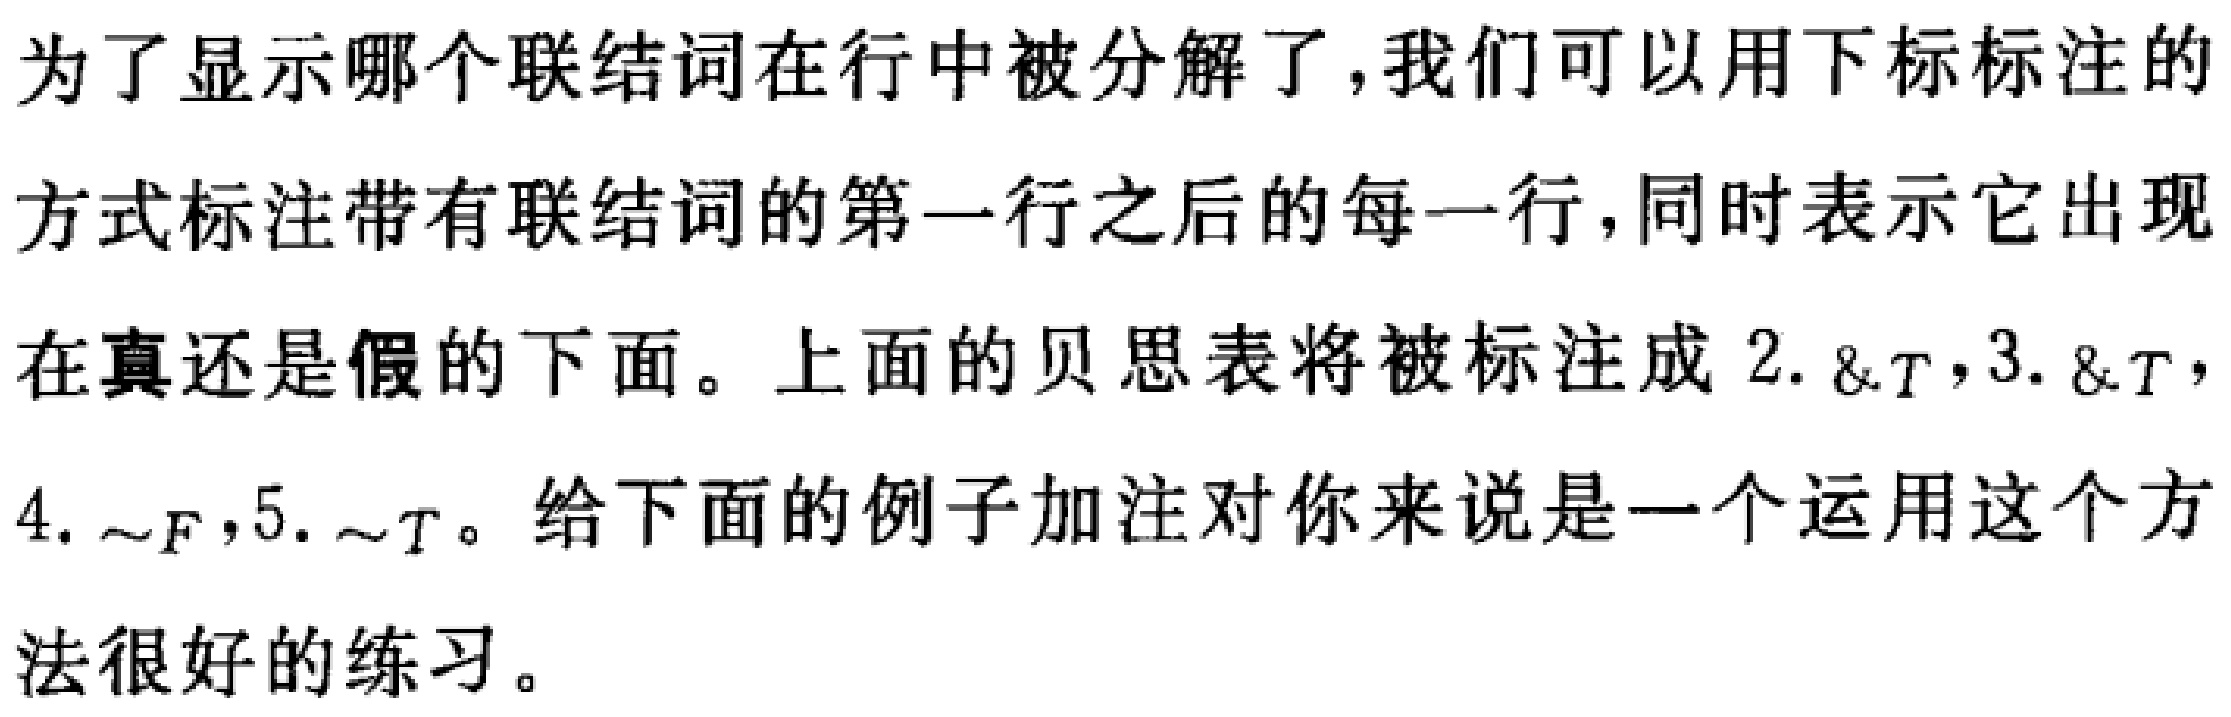
为了显示哪个联结词在行中被分解了，我们可以用下标标注的
方式标注带有联结词的第一行之后的每一行，同时表示它出现
在真还是假的下面。上面的贝思表将被标注成 2. \&$_{T}$，3. \&$_{T}$，
4. $\sim_{F}$，5. $\sim_{T}$。给下面的例子加注对你来说是一个运用这个方
法很好的练习。